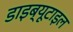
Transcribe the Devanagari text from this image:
डाइब्यूटाइल